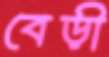
বেড়ী